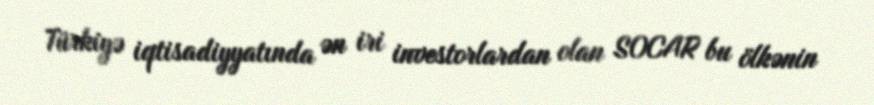
Türkiyə iqtisadiyyatında ən iri investorlardan olan SOCAR bu ölkənin